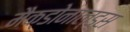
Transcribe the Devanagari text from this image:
मैक्डोनाल्डस